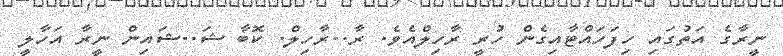
ނީރާގެ އަތުގައި ހިފަހައްޓާއިގެން ހުރީ ރާހިލްއެވެ. ރާ..ރާހިލް. ކޮބާ ޝަ..ޝައިން ނީރާ އަހާލީ